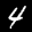
Label: 4